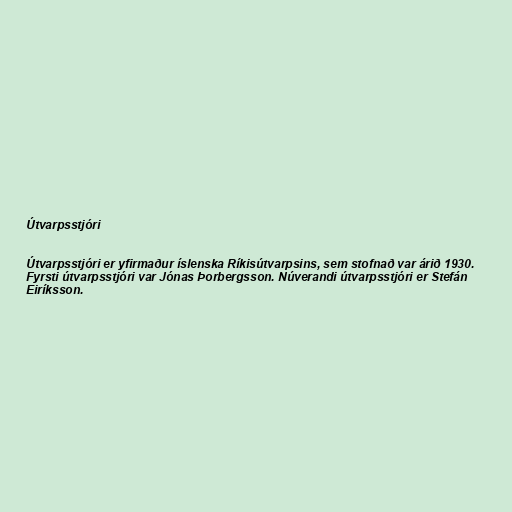
Útvarpsstjóri

Útvarpsstjóri er yfirmaður íslenska Ríkisútvarpsins, sem stofnað var árið 1930.
Fyrsti útvarpsstjóri var Jónas Þorbergsson. Núverandi útvarpsstjóri er Stefán
Eiríksson.